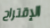
الإقتراح